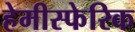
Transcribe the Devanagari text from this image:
हेमीस्फेरिक